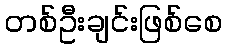
တစ်ဦးချင်းဖြစ်စေ